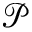
\mathcal { P }